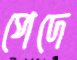
পেদে